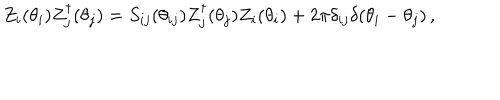
Z _ { i } ( \theta _ { i } ) Z _ { j } ^ { \dagger } ( \theta _ { j } ) = S _ { i j } ( \theta _ { i j } ) Z _ { j } ^ { \dagger } ( \theta _ { j } ) Z _ { i } ( \theta _ { i } ) + 2 \pi \delta _ { i j } \delta ( \theta _ { i } - \theta _ { j } ) \, ,